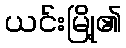
ယင်းမြို့၏